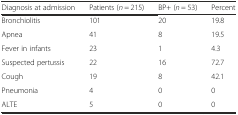
<table><thead><tr><td><b>Diagnosis at admission</b></td><td><b>Patients (<i>n</i> = 215)</b></td><td><b>BP+ (<i>n</i> = 53)</b></td><td><b>Percent</b></td></tr></thead><tbody><tr><td>Bronchiolitis</td><td>101</td><td>20</td><td>19.8</td></tr><tr><td>Apnea</td><td>41</td><td>8</td><td>19.5</td></tr><tr><td>Fever in infants</td><td>23</td><td>1</td><td>4.3</td></tr><tr><td>Suspected pertussis</td><td>22</td><td>16</td><td>72.7</td></tr><tr><td>Cough</td><td>19</td><td>8</td><td>42.1</td></tr><tr><td>Pneumonia</td><td>4</td><td>0</td><td>0</td></tr><tr><td>ALTE</td><td>5</td><td>0</td><td>0</td></tr></tbody></table>